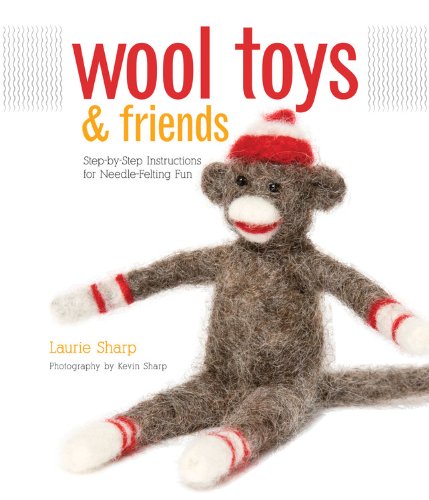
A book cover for Wool Toys and Friends: Step-by-Step Instructions for Needle-Felting Fun; Laurie Sharp; Crafts, Hobbies & Home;